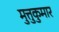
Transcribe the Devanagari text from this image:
मुत्तुकुमार